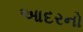
આદરનો